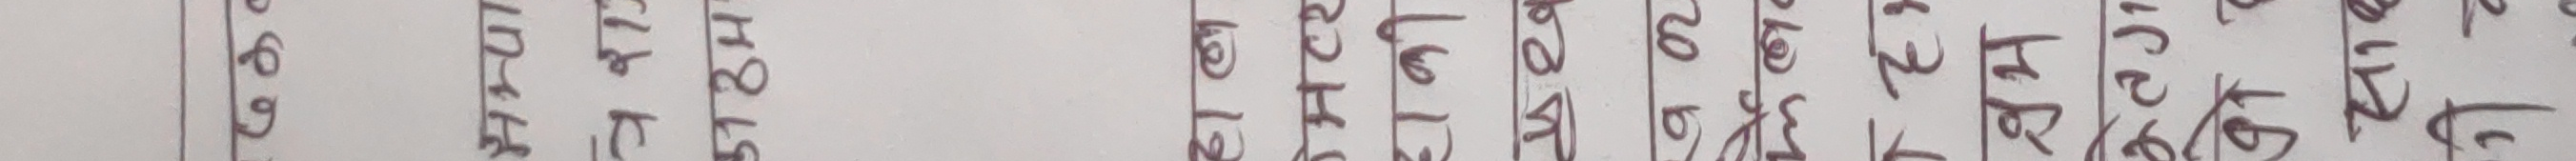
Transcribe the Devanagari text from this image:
६६६६, ५४६१४, ९२६९, ११९, १८९, २६४, १६३, २०९, २१२, ३३२